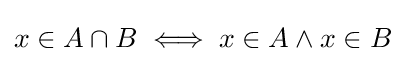
x\in A\cap B\iff x\in A\land x\in B